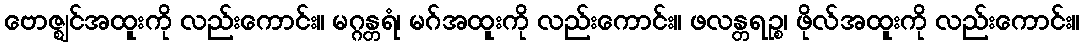
ဗောဇ္ဈင်အထူးကို လည်းကောင်း။ မဂ္ဂန္တရံ၊ မဂ်အထူးကို လည်းကောင်း။ ဖလန္တရဉ္စ၊ ဖိုလ်အထူးကို လည်းကောင်း။